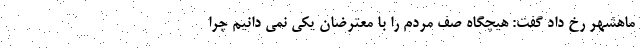
ماهشهر رخ داد گفت: هیچگاه صف مردم را با معترضان یکی نمی دانیم چرا